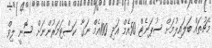
މެޗުތައް ބަލައިލުމަށް ސުޕަނެޓް 50އެމް އަދި 100އެމް ނަގާ ކަސްޓަމަރުންނަށް ސޮނީ ލިވް